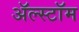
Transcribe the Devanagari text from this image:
ॲल्स्टॉम